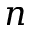
n